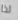
لذا